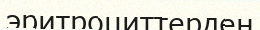
эритроциттерден